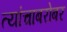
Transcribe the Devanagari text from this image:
त्यांचाबरोबर